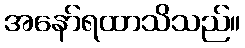
အနော်ရထာသိသည်။